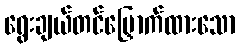
ရွေးချယ်တင်မြှောက်ထားသော